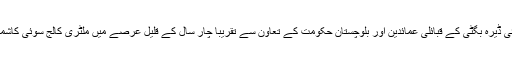
آج الحمدللہ پاکستان آرمی کی بے پناہ کوششوں اورسوئی ڈیرہ بگٹی کے قبائلی عمائدین اور بلوچستان حکومت کے تعاون سے تقریباً چار سال کے قلیل عرصے میں ملٹری کالج سوئی کاشمار پاکستان کے اعلیٰ تعلیمی اداروں میں ہونے لگا ہے۔